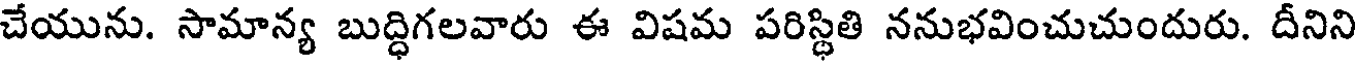
చేయును. సామాన్య బుద్ధిగలవారు ఈ విషమ పరిస్థితి ననుభవించుచుందురు. దీనిని